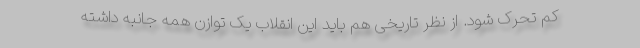
کم تحرک شود. از نظر تاریخی هم باید این انقلاب یک توازن همه جانبه داشته